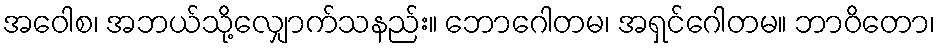
အဝေါစ၊ အဘယ်သို့လျှောက်သနည်း။ ဘောဂေါတမ၊ အရှင်ဂေါတမ။ ဘာဝိတော၊